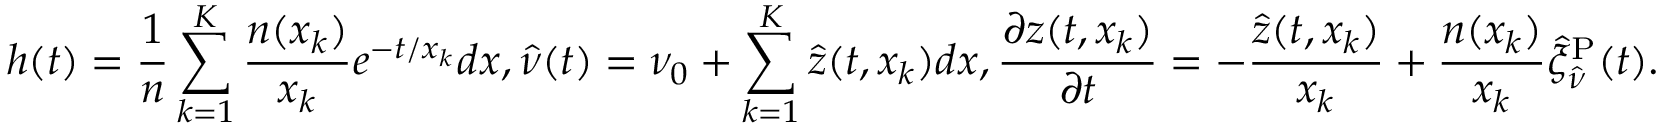
h ( t ) = \frac { 1 } { n } \sum _ { k = 1 } ^ { K } \frac { n ( x _ { k } ) } { x _ { k } } e ^ { - t / x _ { k } } d x , \hat { \nu } ( t ) = \nu _ { 0 } + \sum _ { k = 1 } ^ { K } \hat { z } ( t , x _ { k } ) d x , \frac { \partial z ( t , x _ { k } ) } { \partial t } = - \frac { \hat { z } ( t , x _ { k } ) } { x _ { k } } + \frac { n ( x _ { k } ) } { x _ { k } } \hat { \xi } _ { \hat { \nu } } ^ { \mathrm { P } } ( t ) .